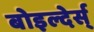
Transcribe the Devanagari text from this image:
बोइल्देर्स्